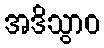
အဒိသွာဝ